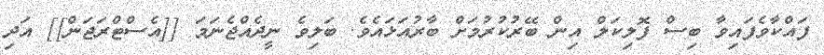
ފައްކާވެފައިވާ ބިސް ފޮލިކަލް އިން ބޭރުކުރުމަށް ބާރުއަޅައެވެ. ބަލިވެ ނީދެއްޖެނަމަ [[އެސްޓްރަޖަން]] އަދި